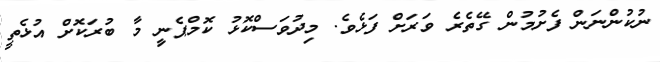
ނުކުންނަން ފެށުމުން ގޭތެރެ ވަރަށް ފަޅެވެ. މިދުވަސްކޮޅު ކޮމްޕެނިީ މާ ބުރަކޮށް އުޅެތީ